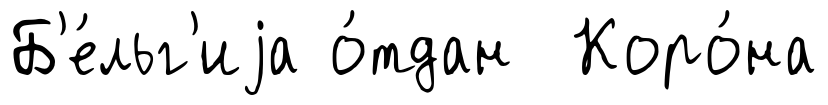
Б'е́льг'иjа о́тдан Коро́на